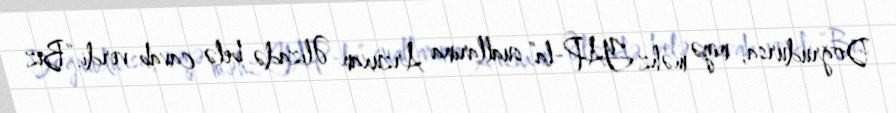
Doğrudursa, niyə məhz YAP-la” suallarına Arzuxan Əlizadə belə cavab verdi.“Biz